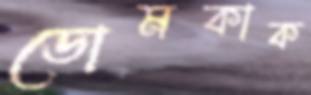
ডোমকাক